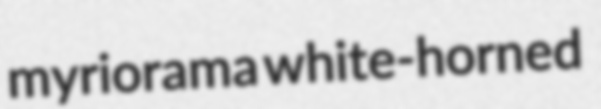
myriorama white-horned